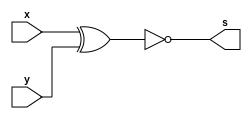
// Exercicio 03
// Wadson Gomes Ferreira
// 460631
// Tabela-Verdade XNOR
// Representao em hexadecimal
module tabelaXNOR(output s, input x, input y);
       assign s = ~(x^y);
endmodule

module teste;
       reg a,b;
       wire s;
       tabelaXNOR T1(s,a,b);

       initial begin
               #1
                 a=1'h0;
                 b=1'h0;
               #1
                 $display("Exercicio03 - Wadson Gomes Ferreira - 460631");
                 $display("Tabela-Verdade XNOR");
                 $monitor("~ ( a=%b ^ b=%b ) => %b",a,b,s);
               #1
                 a=1'h0;
                 b=1'h1;
               #1
                 a=1'h1;
                 b=1'h0;
               #1
                 a=1'h1;
                 b=1'h1;
       end

endmodule